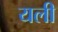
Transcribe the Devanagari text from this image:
यली